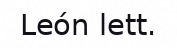
León lett.